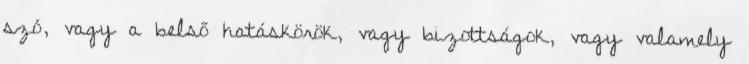
szó, vagy a belső hatáskörök, vagy bizottságok, vagy valamely